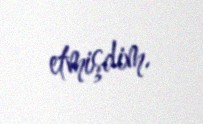
etmişdim.